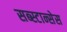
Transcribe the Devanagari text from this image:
सब्स्टान्सेस